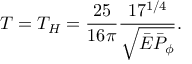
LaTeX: T = T _ { H } = { \frac { 2 5 } { 1 6 \pi } } { \frac { 1 7 ^ { 1 / 4 } } { \sqrt { \bar { \cal E } \bar { \cal P } _ { \phi } } } } .